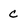
Character: c